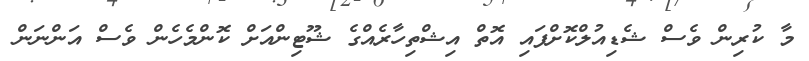
މާ ކުރިން ވެސް ޝެޑިއުލްކޮށްފައި އޮތް އިޝްތިހާރެއްގެ ޝޫޓިންއަށް ކޮންމެހެން ވެސް އަންނަން